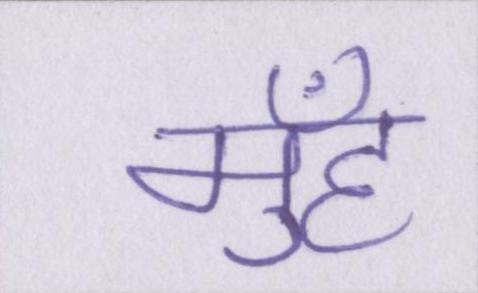
मुँह